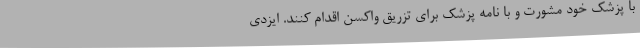
با پزشک خود مشورت و با نامه پزشک برای تزریق واکسن اقدام کنند. ایزدی